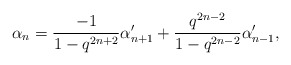
\begin{align*}\alpha_n = \frac{-1}{1-q^{2n+2}}\alpha_{n+1}' + \frac{q^{2n-2}}{1-q^{2n-2}}\alpha_{n-1}',\end{align*}